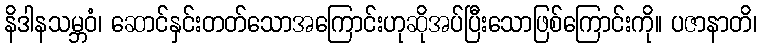
နိဒါနသမ္ဘဝံ၊ ဆောင်နှင်းတတ်သောအကြောင်းဟုဆိုအပ်ပြီးသောဖြစ်ကြောင်းကို။ ပဇာနာတိ၊